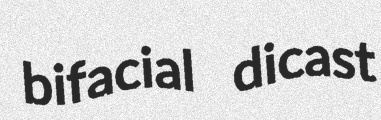
bifacial dicast